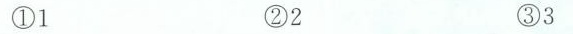
1⃣️1 2⃣️2 3⃣️3